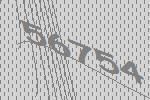
56754